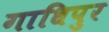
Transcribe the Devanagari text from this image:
गाधिपुर